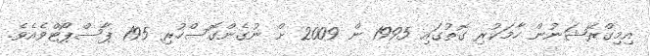
އިމިގްރޭޝަނުން ހާމަކުރި ގޮތުގައި 1995 ން 2009 ށް ނުގެންގޮސްހުރި 195 ޕާސްޕޯޓްވެއެވެ.